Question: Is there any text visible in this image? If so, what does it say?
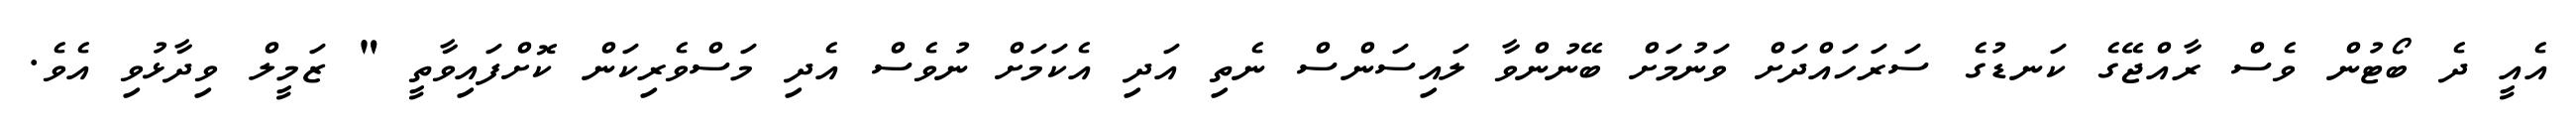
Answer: އެއީ ދެ ބޯޓުން ވެސް ރާއްޖޭގެ ކަނޑުގެ ސަރަހައްދަށް ވަނުމަށް ބޭނުންވާ ލައިސަންސް ނެތި އަދި އެކަމަށް ނުވެސް އެދި މަސްވެރިކަން ކޮށްފައިވާތީ " ޒަމީލް ވިދާޅުވި އެވެ.